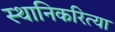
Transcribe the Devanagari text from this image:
स्थानिकरित्या